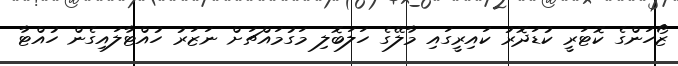
ޒޯހަންގެ ކޮޓަރީ ކުޑަދޮރު ކައިރީގައި މާލޭގެ ހަލަބޮލި މަގުމައްޗަށް ނަޒަރު ހުއްޓާލައިގެން ހުއްޓާ